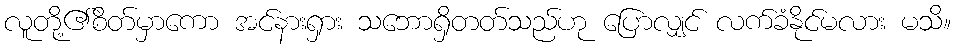
လူတို့၏စိတ်မှာကော အင်နားရှား သဘောရှိတတ်သည်ဟု ပြောလျှင် လက်ခံနိုင်မလား မသိ။